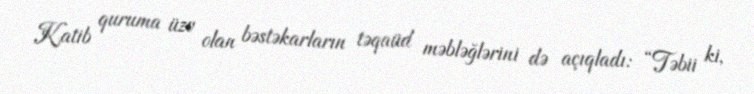
Katib quruma üzv olan bəstəkarların təqaüd məbləğlərini də açıqladı: “Təbii ki,